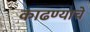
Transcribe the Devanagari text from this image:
काढण्‍याचे